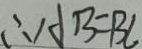
\therefore A B = B C